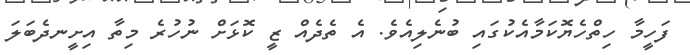
ފަހީމާ ހިތްހެޔޮކަމާއެކުގައި ބުނެލިއެވެ. އެ ތެދެއް ޒީ ކޮޅަށް ނުހުރެ މިތާ އިށީނދެބަލަ